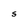
Character: S